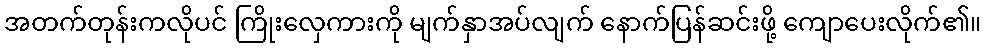
အတက်တုန်းကလိုပင် ကြိုးလှေကားကို မျက်နှာအပ်လျက် နောက်ပြန်ဆင်းဖို့ ကျောပေးလိုက်၏။